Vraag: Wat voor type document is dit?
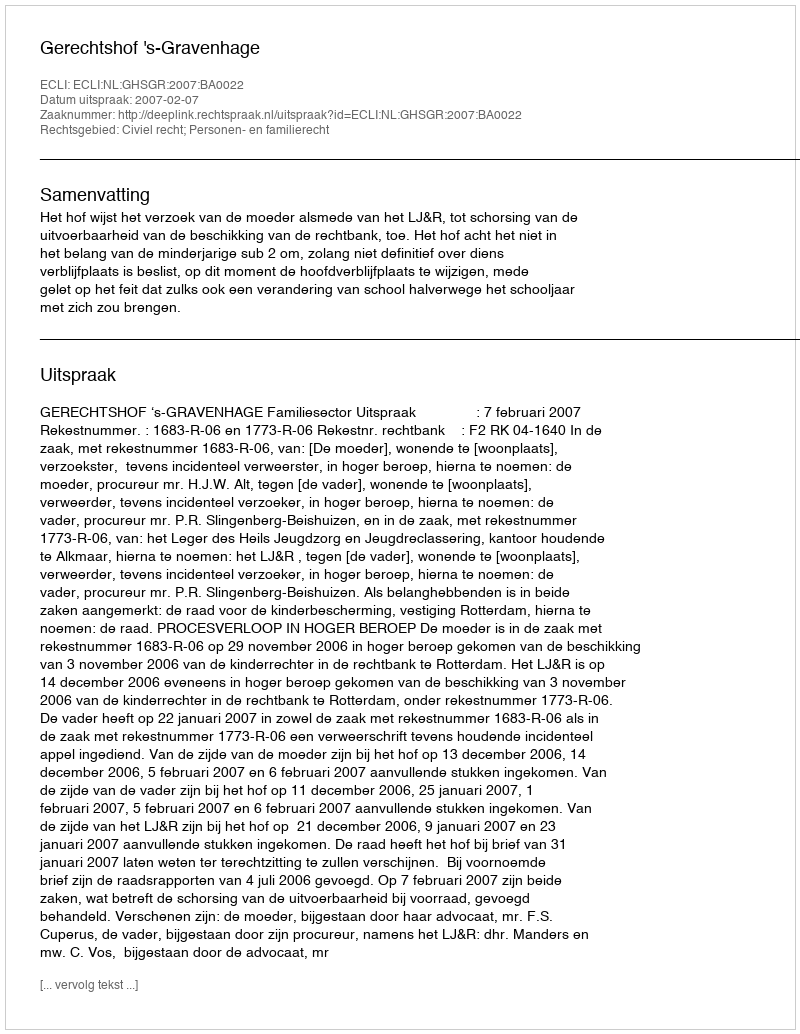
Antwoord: Uitspraak